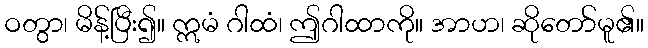
ဝတွာ၊ မိန့်ပြီး၍။ ဣမံ ဂါထံ၊ ဤဂါထာကို။ အာဟ၊ ဆိုတော်မူ၏။